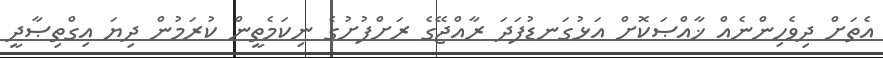
އެތަށް ދިވެހިންނެއް ޚާއްޞަކޮށް އަޅުގަނޑުފަދަ ރާއްޖޭގެ ރަށްފުށުގެ ނިކަމެތީން ކުރަމުން ދިޔަ އިގްތިޞާދީ